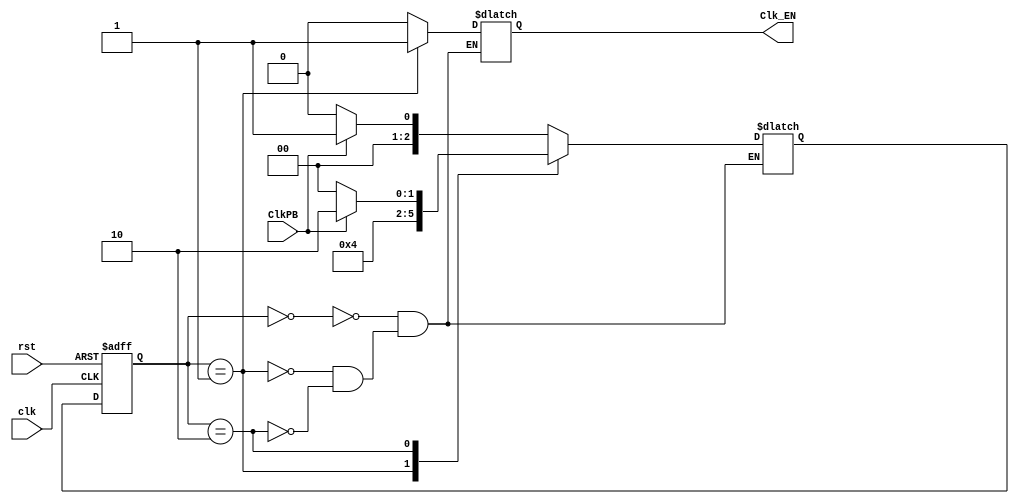
`timescale 1ns/1ns

module One_Pulser (
    input wire clk,       // Clock input
    input wire rst,     // Restart input
    input wire ClkPB,     // Clock PB input
    output reg Clk_EN     // Clock enable output  
);

// Define state encoding
parameter StateA = 3'b000;
parameter StateB = 3'b001;
parameter StateC = 3'b010;
reg [2:0] ps;
reg [2:0] ns;

always@(posedge clk, posedge rst)
begin
	if(rst)
		ps <= StateA;
	else
		ps <= ns;
end

always@(ps)
begin
		case(ps)
			StateA: Clk_EN <= 0;
			StateB: Clk_EN <= 1'b1;
			StateC:	Clk_EN <= 0;
	endcase
end


always @(ps,ClkPB) begin

     begin
        case (ps)
            StateA: begin
                if (~ClkPB) begin
                    ns <= StateA; // Stay in StateA
                end else begin
                    ns <= StateB; // Transition to StateB
                end
            end
            StateB: begin
                ns <= StateC;    // Unconditionally transition to StateC
            end
            StateC: begin
                if (ClkPB) begin
                    ns <= StateC; // Stay in StateC
                end else begin
                    ns <= StateA; // Transition to StateA
                end
            end
        endcase
    end
end

endmodule